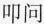
叩问